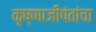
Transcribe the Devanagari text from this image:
कृष्णाजीपंतांचा